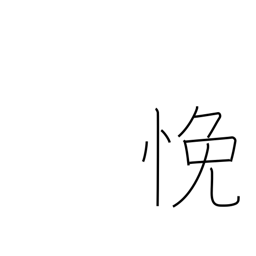
Meaning: be perplexed